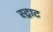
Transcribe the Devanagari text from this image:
स्ट्राट